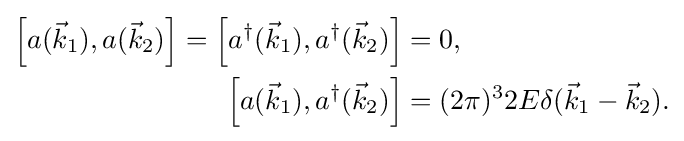
{\begin{aligned}\left[a({\vec {k}}_{1}),a({\vec {k}}_{2})\right]=\left[a^{\dagger }({\vec {k}}_{1}),a^{\dagger }({\vec {k}}_{2})\right]&=0,\\\left[a({\vec {k}}_{1}),a^{\dagger }({\vec {k}}_{2})\right]&=(2\pi )^{3}2E\delta ({\vec {k}}_{1}-{\vec {k}}_{2}).\end{aligned}}